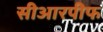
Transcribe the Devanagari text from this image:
सीआरपीफ